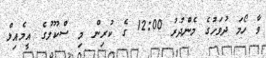
ވާ ހޯމަ ދުވަހުގެ މެންދުރު 12:00 ގެ ކުރިން މި ސްކޫލުގެ އީމެއިލް